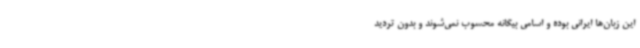
این زبان‌ها ایرانی بوده و اسامی بیگانه محسوب نمی‌شوند و بدون تردید